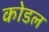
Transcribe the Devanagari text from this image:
कोडल